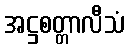
အဋ္ဌစတ္တာလီသံ